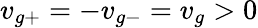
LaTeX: v_{g+}=-v_{g-}=v_{g}>0